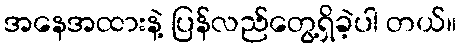
အနေအထားနဲ့ ပြန်လည်တွေ့ရှိခဲ့ပါ တယ်။